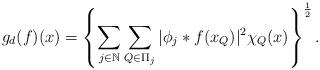
LaTeX: \begin{align*}g_{d}(f)(x)=\left\{\sum\limits_{j\in\mathbb N}\sum\limits_{Q\in\Pi_{j}}\vert\phi_{j}\ast f(x_{Q})\vert^2\chi_{Q}(x)\right\}^{\frac{1}{2}}.\end{align*}